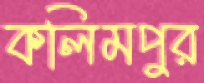
কলিমপুর